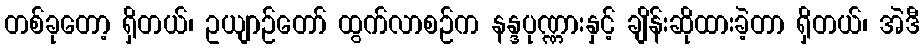
တစ်ခုတော့ ရှိတယ်၊ ဥယျာဉ်တော် ထွက်လာစဉ်က နန္ဒပုဏ္ဏားနှင့် ချိန်းဆိုထားခဲ့တာ ရှိတယ်၊ အဲဒီ